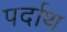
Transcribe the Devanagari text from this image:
पर्दाथ